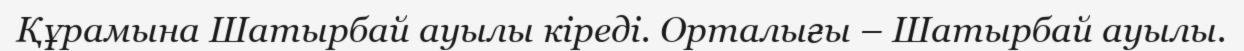
Құрамына Шатырбай ауылы кіреді. Орталығы – Шатырбай ауылы.